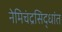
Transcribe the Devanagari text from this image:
नेमिचंद्रसिद्धांत